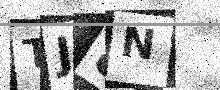
Text: TJ8N